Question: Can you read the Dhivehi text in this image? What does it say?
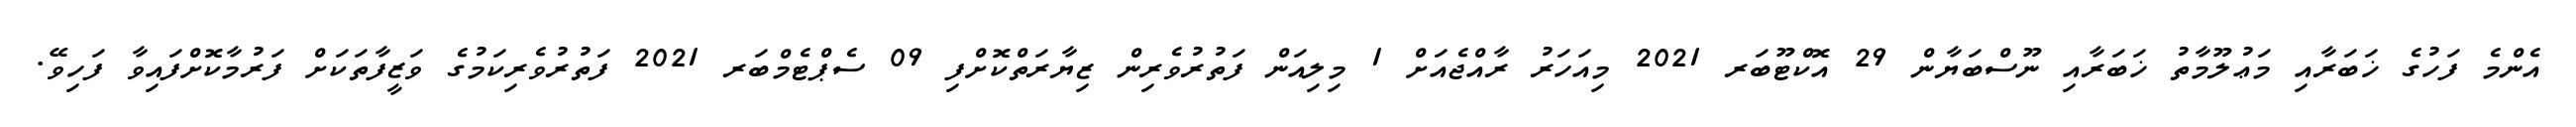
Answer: އެންމެ ފަހުގެ ޚަބަރާއި މަޢުލޫމާތު ޚަބަރާއި ނޫސްބަޔާން 29 އޮކްޓޫބަރ 2021 މިއަހަރު ރާއްޖެއަށް 1 މިލިއަން ފަތުރުވެރިން ޒިޔާރަތްކޮށްފި 09 ސެޕްޓެމްބަރ 2021 ފަތުރުވެރިކަމުގެ ވަޒީފާތަކަށް ފަރުމާކޮށްފައިވާ ފަހިވޭ.